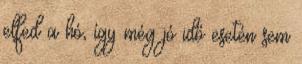
elfed a hó, így még jó idő esetén sem